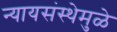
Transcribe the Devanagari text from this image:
न्यायसंस्थेमुळे